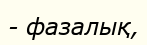
- фазалық,